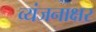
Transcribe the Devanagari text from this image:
व्यंजनाक्षर